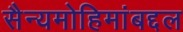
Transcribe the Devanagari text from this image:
सैन्यमोहिमांबद्दल